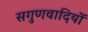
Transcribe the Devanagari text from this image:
सगुणवादियों